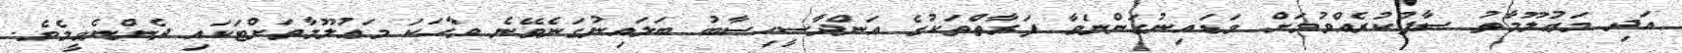
އަދި މަޢުލޫމާތު ސާފުކުރެއްވުމަށް ވަޑައިނުގަންނަވާ ފަރާތްތަކުގެ އަންދާސީހިސާބު ބަލައިނުގަނެވޭނެ ވާހަކަ މަޢުލޫމާތަށްޓަކައި ދެންނެވީމެވެ.